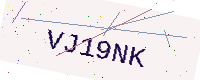
Text: VJ19NK